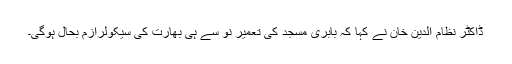
ڈاکٹر نظام الدین خان نے کہا کہ بابری مسجد کی تعمیر نو سے ہی بھارت کی سیکولرازم بحال ہوگی۔